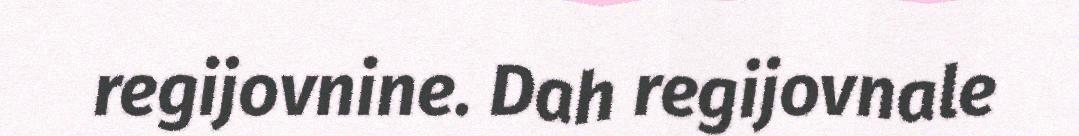
regijovnine. Dah regijovnale